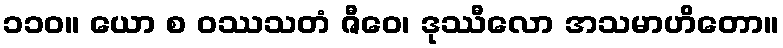
၁၁၀။ ယော စ ဝဿသတံ ဇီဝေ၊ ဒုဿီလော အသမာဟိတော။